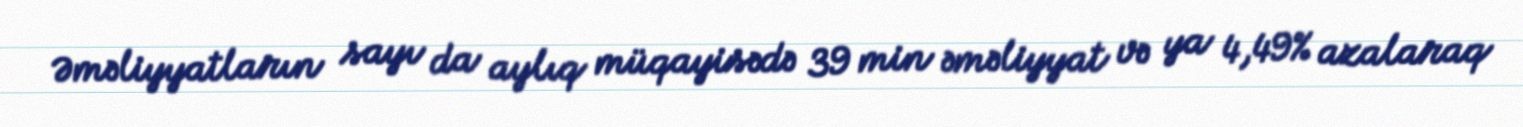
Əməliyyatların sayı da aylıq müqayisədə 39 min əməliyyat və ya 4,49% azalaraq